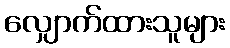
လျှောက်ထားသူများ